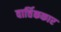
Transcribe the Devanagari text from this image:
वार्त्तिककार